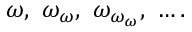
\omega , \ \omega _ { \omega } , \ \omega _ { \omega _ { \omega } } , \ \ldots .